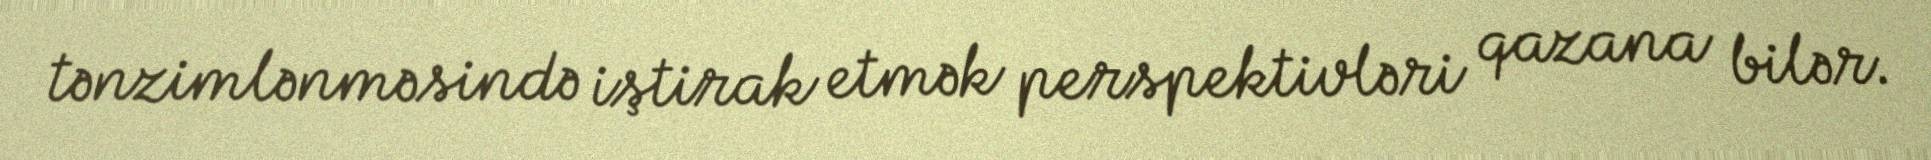
tənzimlənməsində iştirak etmək perspektivləri qazana bilər.